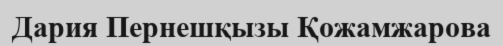
Дария Пернешқызы Қожамжарова